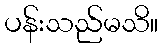
ပန်းသည်မသိ။